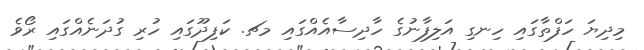
މިދިޔަ ހަފްތާގައި ހިނގި އަލިފާނުގެ ހާދިސާއެއްގައި މޗ. ކަފިދޫގައި ހުރި ގުދަނެއްގައި ރޯވެ